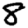
Digit: 8